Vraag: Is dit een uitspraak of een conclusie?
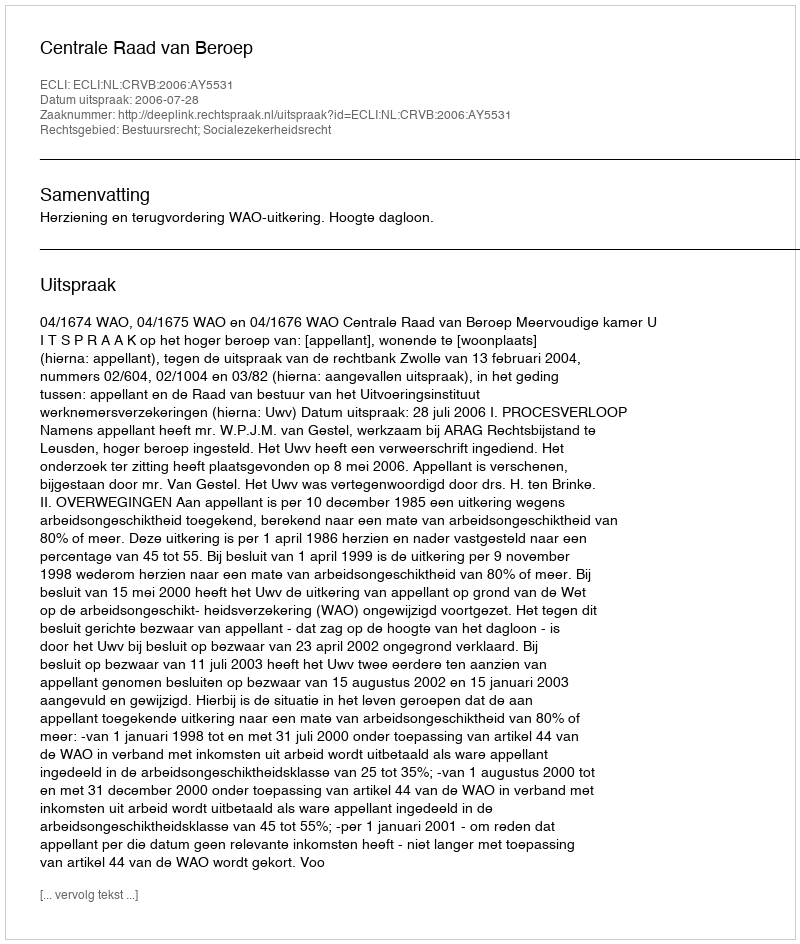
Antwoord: Uitspraak